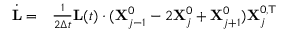
\begin{array} { r l } { \dot { \mathbf { L } } = } & { { } \frac 1 { 2 \Delta t } \mathbf { L } ( t ) \cdot ( \mathbf { X } _ { j - 1 } ^ { 0 } - 2 \mathbf { X } _ { j } ^ { 0 } + \mathbf { X } _ { j + 1 } ^ { 0 } ) \mathbf { X } _ { j } ^ { 0 , \top } } \end{array}